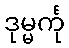
ဒုမ္မင်္ကု